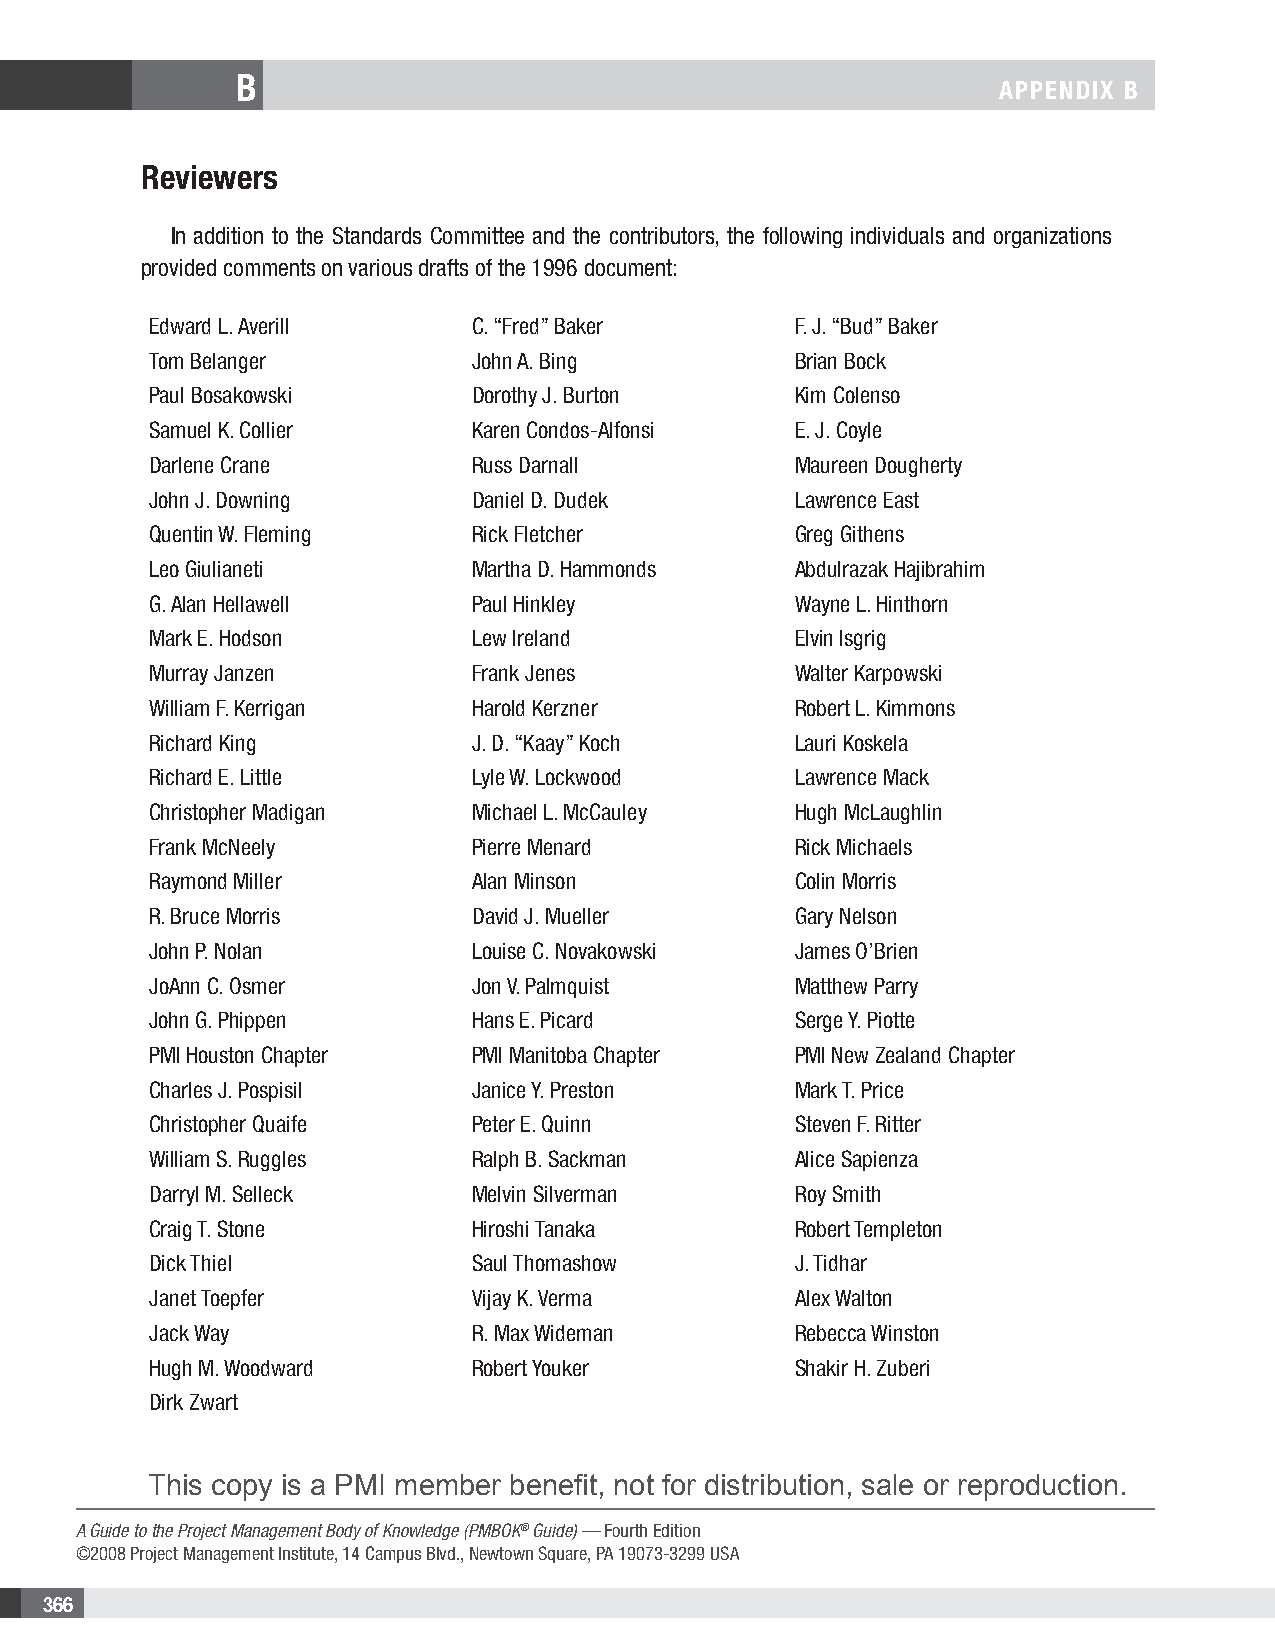
B
 APPENDIX B
 Reviewers
 In addition to the Standards Committee and the contributors, the following individuals and organizations
 provided comments on various drafts of the 1996 document:
 Edward L. Averill    C. “Fred” Baker       F. J. “Bud” Baker
 Tom Belanger         John A. Bing          Brian Bock
 Paul Bosakowski      Dorothy J. Burton     Kim Colenso
 Samuel K. Collier    Karen Condos-Alfonsi  E. J. Coyle
 Darlene Crane        Russ Darnall          Maureen Dougherty
 John J. Downing      Daniel D. Dudek       Lawrence East
 Quentin W. Fleming   Rick Fletcher         Greg Githens
 Leo Giulianeti       Martha D. Hammonds    Abdulrazak Hajibrahim
 G. Alan Hellawell    Paul Hinkley          Wayne L. Hinthorn
 Mark E. Hodson       Lew Ireland           Elvin Isgrig
 Murray Janzen        Frank Jenes           Walter Karpowski
 William F. Kerrigan  Harold Kerzner        Robert L. Kimmons
 Richard King         J. D. “Kaay” Koch     Lauri Koskela
 Richard E. Little    Lyle W. Lockwood      Lawrence Mack
 Christopher Madigan  Michael L. McCauley   Hugh McLaughlin
 Frank McNeely        Pierre Menard         Rick Michaels
 Raymond Miller       Alan Minson           Colin Morris
 R. Bruce Morris      David J. Mueller      Gary Nelson
 John P. Nolan        Louise C. Novakowski  James O’Brien
 JoAnn C. Osmer       Jon V. Palmquist      Matthew Parry
 John G. Phippen      Hans E. Picard        Serge Y. Piotte
 PMI Houston Chapter  PMI Manitoba Chapter  PMI New Zealand Chapter
 Charles J. Pospisil  Janice Y. Preston     Mark T. Price
 Christopher Quaife   Peter E. Quinn        Steven F. Ritter
 William S. Ruggles   Ralph B. Sackman      Alice Sapienza
 Darryl M. Selleck    Melvin Silverman      Roy Smith
 Craig T. Stone       Hiroshi Tanaka        Robert Templeton
 Dick Thiel           Saul Thomashow        J. Tidhar
 Janet Toepfer        Vijay K. Verma        Alex Walton
 Jack Way             R. Max Wideman        Rebecca Winston
 Hugh M. Woodward     Robert Youker         Shakir H. Zuberi
 Dirk Zwart
 This copy is a PMI member benefit, not for distribution, sale or reproduction.
 A Guide to the Project Management Body of Knowledge (PMBOK® Guide) — Fourth Edition
 ©2008 Project Management Institute, 14 Campus Blvd., Newtown Square, PA 19073-3299 USA
 366